NAE_kihelkonnakohtute_kirjad_ja_protokollid_1869-1889, lk 16
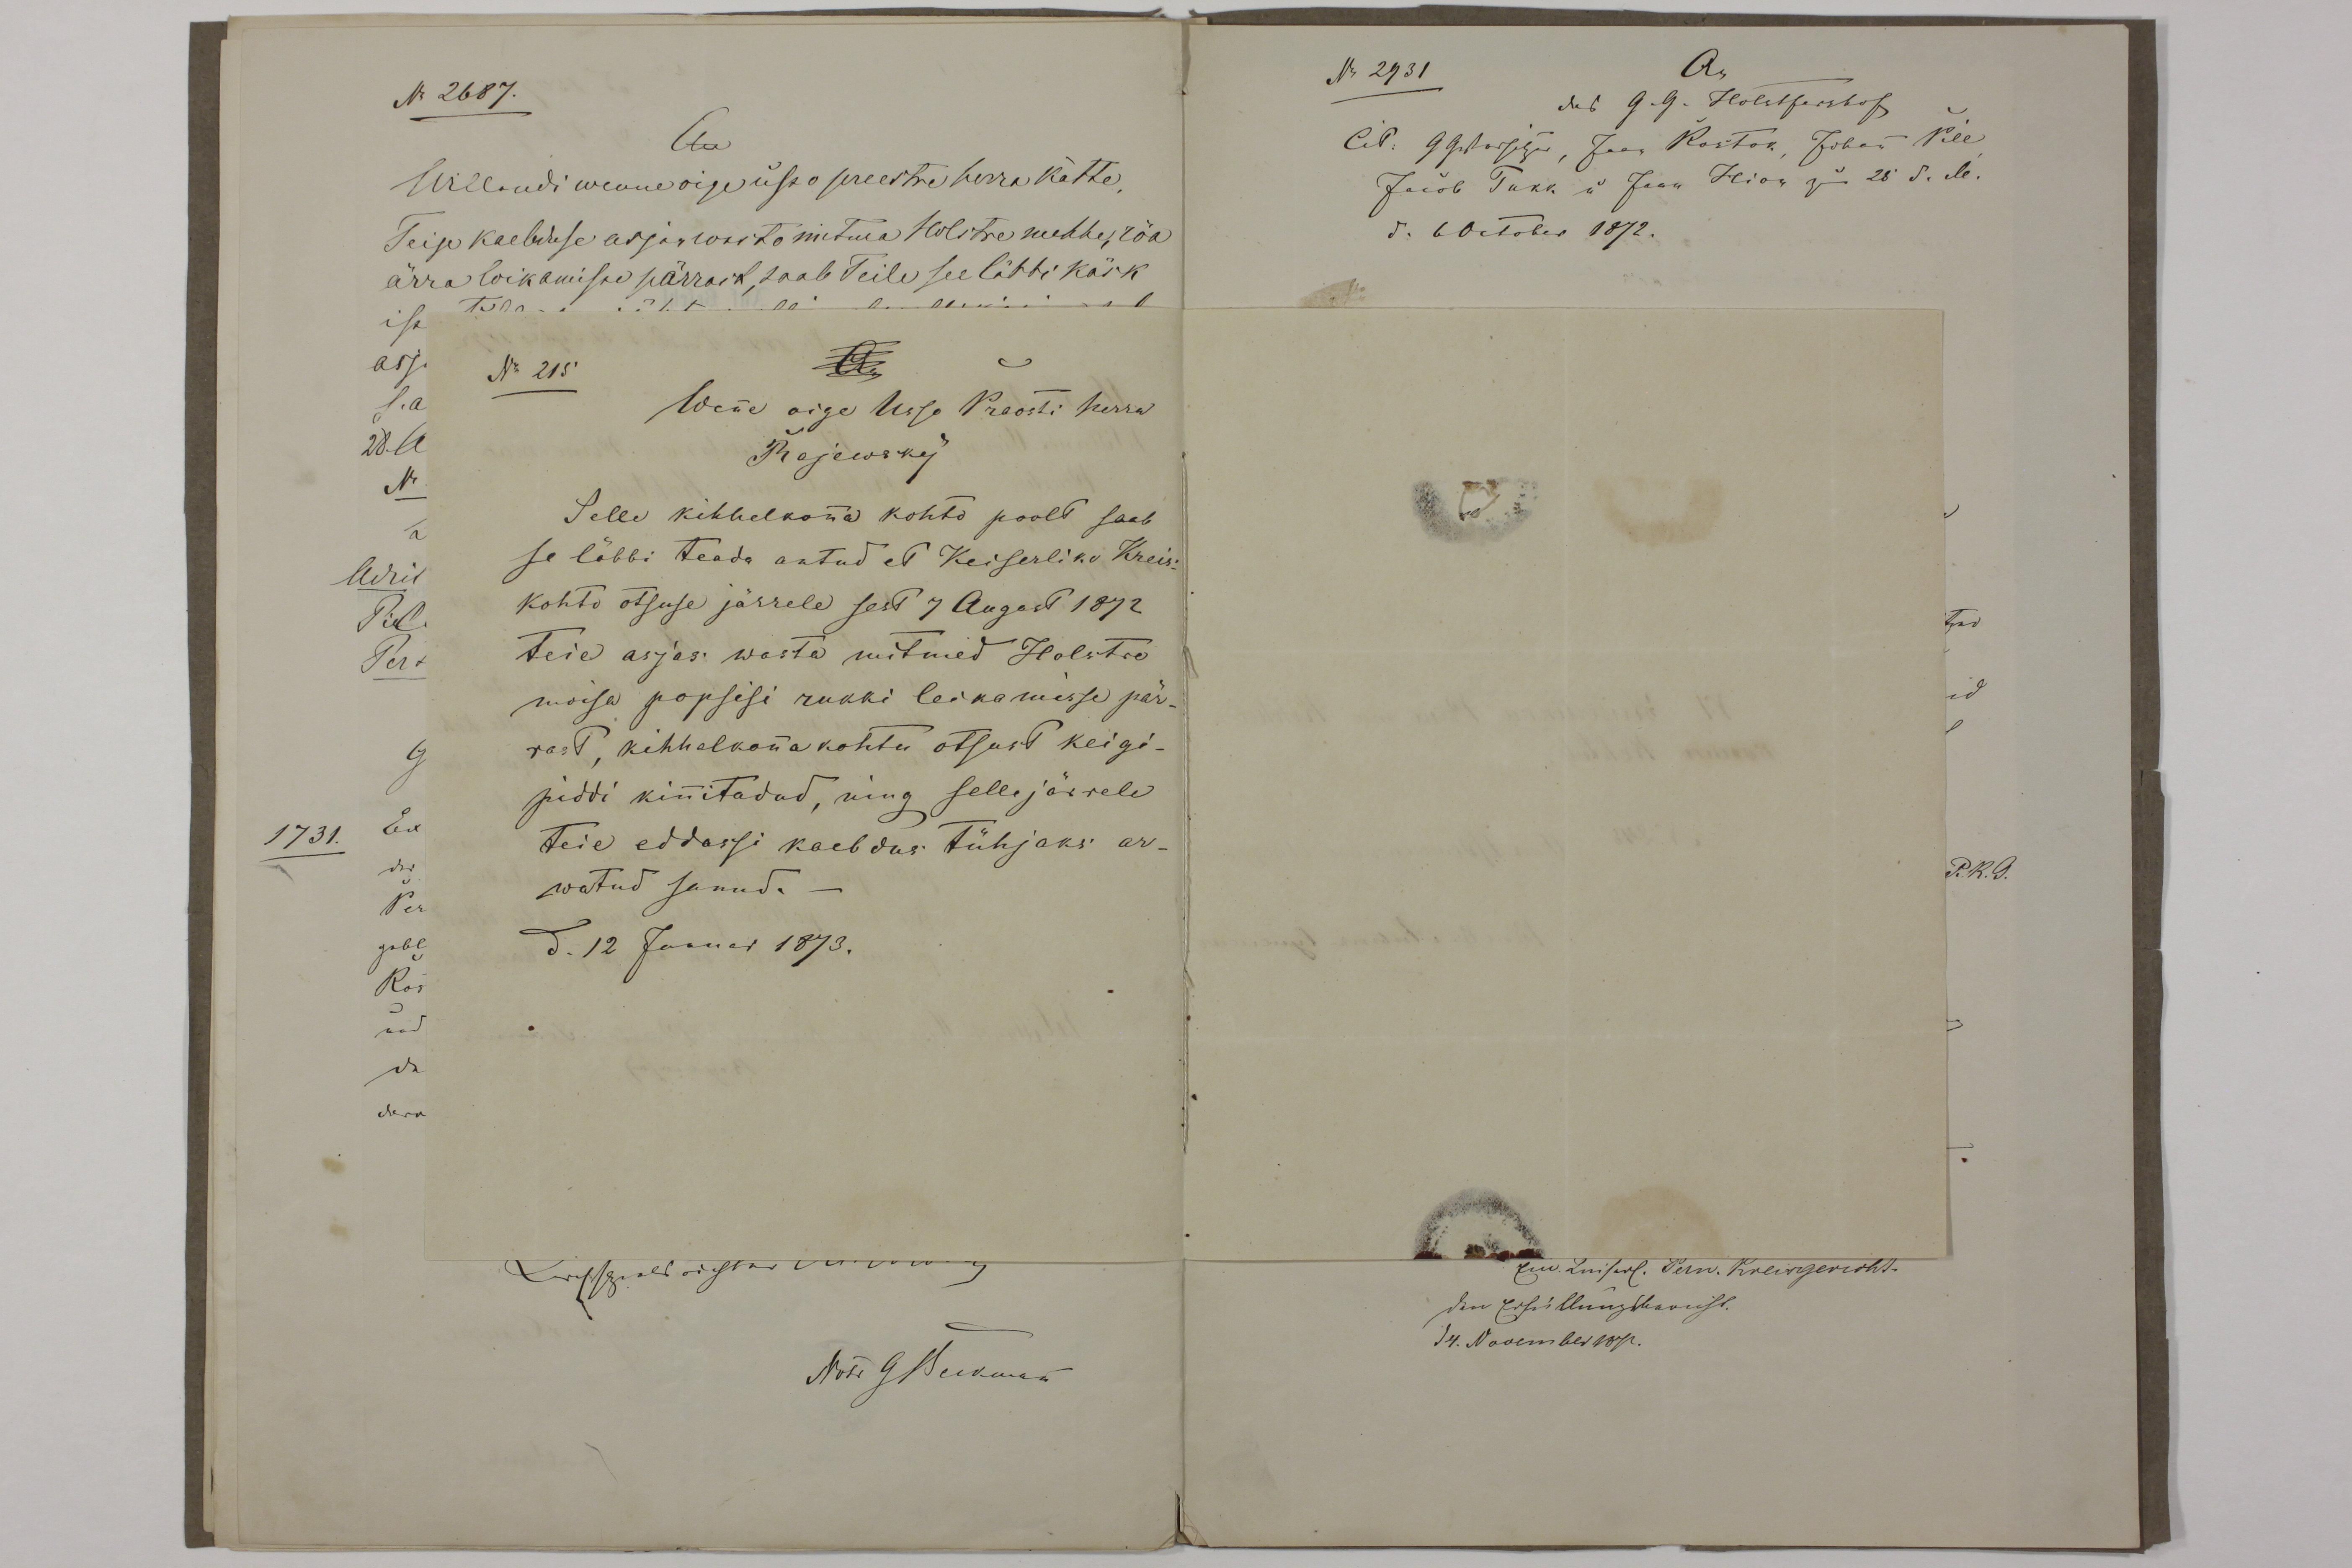
An
No 215.
Wene oige Usso Praosti herra
Rajewsky
Selle kihhelkona kohto poolt saab
se läbbi teada antud et Keiserliko Kreis-
kohto otsuse järrele sest 7 August 1872
Teie asjas wasta mitmed Holstre
moisa popsisi rukki leikamisse pär-
rast, kihhalkona kohtu otsust keigi-
piddi kinitadud, ning sellejärrele
Teid eddassi kaebsus tühjaks ar-
watud sanud.
12 Januar 1873.